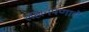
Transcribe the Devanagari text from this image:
लहानपणाचे